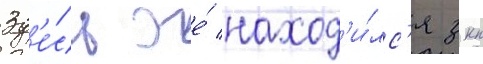
Зд'е́сь же́ наход'и́лс'я зкп